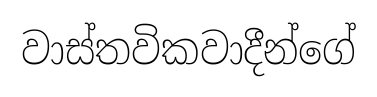
වාස්තවිකවාදීන්ගේ